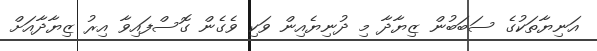
އަނިޔާތަކުގެ ސަބަބުން ޒިޔާދާ މި ދުނިޔެއިން ވަކި ވެގެން ގޮސްފައިވާ އިރު ޒިޔާދާއަށް